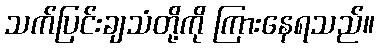
သက်ပြင်းချသံတို့ကို ကြားနေရသည်။